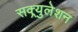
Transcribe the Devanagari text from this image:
सक्र्युलेशन